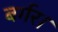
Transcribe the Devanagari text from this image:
बर्गर।